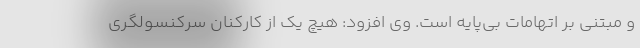
و مبتنی بر اتهامات بی‌پایه است. وی افزود: هیچ یک از کارکنان سرکنسولگری